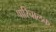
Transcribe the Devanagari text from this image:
पारिचालक